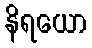
နိရယော